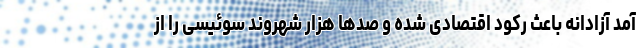
آمد آزادانه باعث رکود اقتصادی شده و صدها هزار شهروند سوئیسی را از